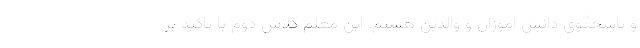
و پاسخگوی دانش آموزان و والدین هستم. این معلم کلاس دوم با تاکید بر